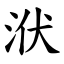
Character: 洑